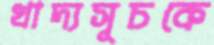
খাদ্যসূচকে